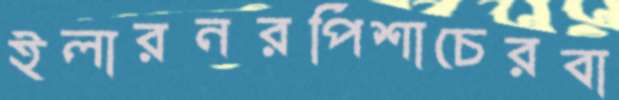
ইলারনরপিশাচেরবা